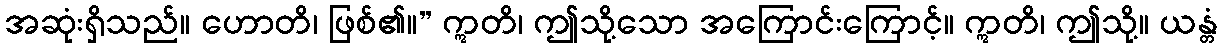
အဆုံးရှိသည်။ ဟောတိ၊ ဖြစ်၏။” ဣတိ၊ ဤသို့သော အကြောင်းကြောင့်။ ဣတိ၊ ဤသို့။ ယန္တံ